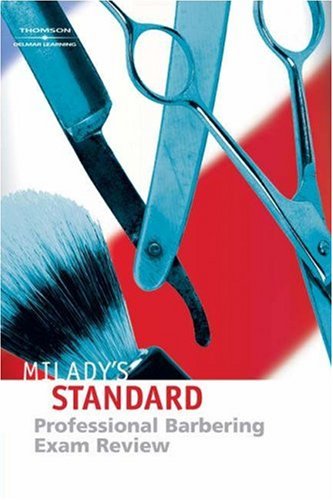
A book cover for Exam Review for Milady's Standard Professional Barbering; Maura T. Scali-Sheahan; Health, Fitness & Dieting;